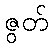
ဇွတ်